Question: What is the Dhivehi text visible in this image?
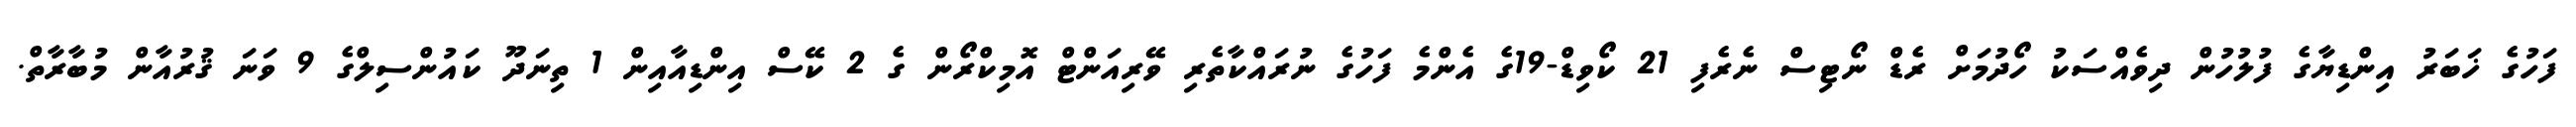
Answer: ފަހުގެ ޚަބަރު އިންޑިޔާގެ ފުލުހުން ދިވެއްސަކު ހޯދުމަށް ރެޑް ނޯޓިސް ނެރެފި 21 ކޯވިޑް-19ގެ އެންމެ ފަހުގެ ނުރައްކާތެރި ވޭރިއަންޓް އޮމިކްރޯން ގެ 2 ކޭސް އިންޑިއާއިން 1 ތިނަދޫ ކައުންސިލްގެ 9 ވަނަ ޤުރުއާން މުބާރާތް.